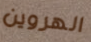
الهروين